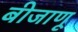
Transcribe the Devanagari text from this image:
बीजाणू